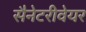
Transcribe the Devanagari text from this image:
सैनेटरीवेयर